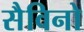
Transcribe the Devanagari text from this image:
सैविनो